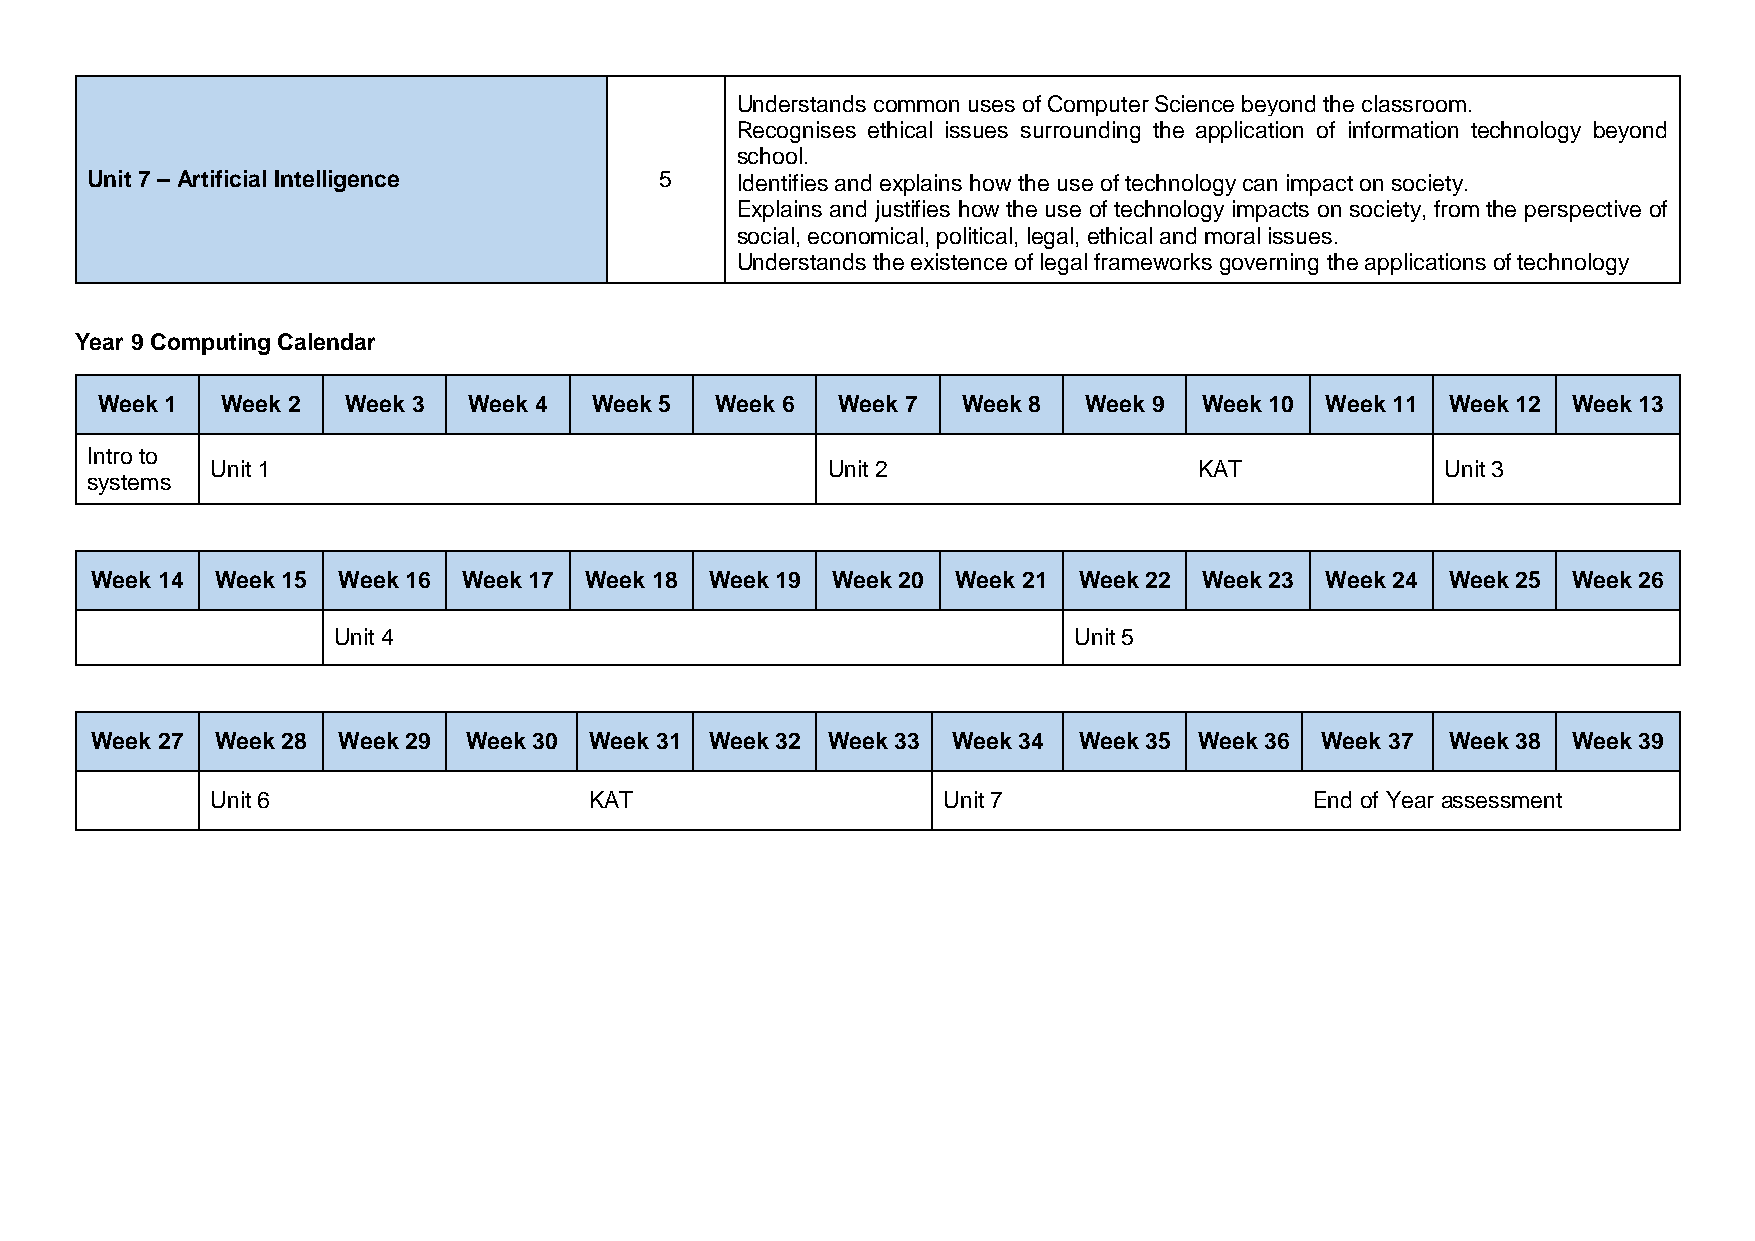
Understands common uses of Computer Science beyond the classroom.
 Recognises ethical issues surrounding the application of information technology beyond
 school.
 Unit 7 – Artificial Intelligence      5    Identifies and explains how the use of technology can impact on society.
 Explains and justifies how the use of technology impacts on society, from the perspective of
 social, economical, political, legal, ethical and moral issues.
 Understands the existence of legal frameworks governing the applications of technology
 Year 9 Computing Calendar
 Week 1   Week 2  Week 3  Week 4  Week 5  Week 6  Week 7   Week 8  Week 9  Week 10 Week 11 Week 12 Week 13
 Intro to
 Unit 1                                   Unit 2                  KAT              Unit 3
 systems
 Week 14 Week 15 Week 16  Week 17 Week 18 Week 19 Week 20 Week 21 Week 22  Week 23 Week 24 Week 25 Week 26
 Unit 4                                           Unit 5
 Week 27 Week 28 Week 29  Week 30 Week 31 Week 32 Week 33 Week 34 Week 35 Week 36 Week 37  Week 38 Week 39
 Unit 6                   KAT                    Unit 7                   End of Year assessment